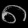
Digit: ၈